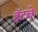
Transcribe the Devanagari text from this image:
हॅटचे